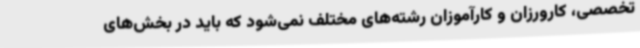
تخصصی، کارورزان و کارآموزان رشته‌های مختلف نمی‌شود که باید در بخش‌های